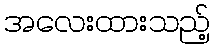
အလေးထားသည့်